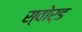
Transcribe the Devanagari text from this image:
स्‍वोर्ड